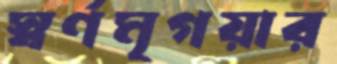
স্বর্ণমৃগয়ার